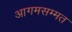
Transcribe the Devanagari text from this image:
आगमसम्मत